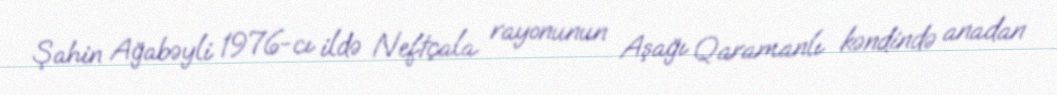
Şahin Ağabəyli 1976-cı ildə Neftçala rayonunun Aşağı Qaramanlı kəndində anadan